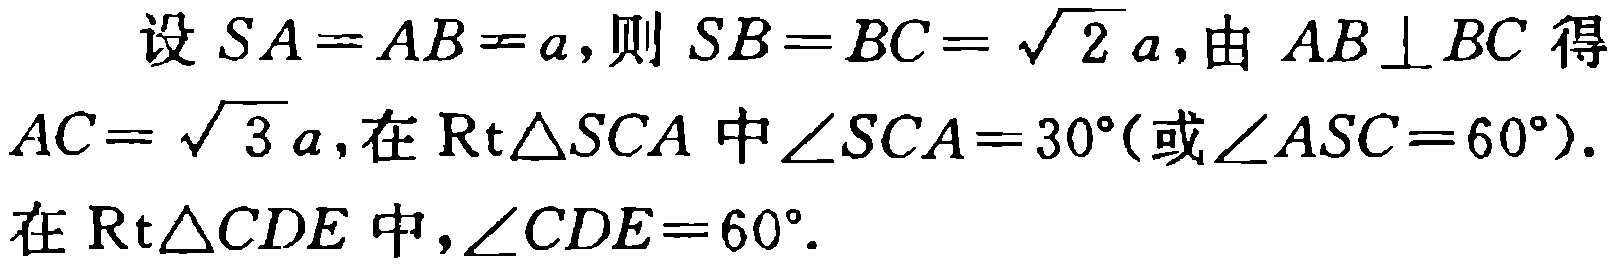
设 \(SA = AB = a\)，则 \(SB = BC = \sqrt{2}a\)，由 \(AB \perp BC\) 得 \(AC = \sqrt{3}a\)，在 \(\text{Rt}\triangle SCA\) 中 \(\angle SCA = 30^{\circ}(\text{或}\angle ASC = 60^{\circ})\). 在 \(\text{Rt}\triangle CDE\) 中，\(\angle CDE = 60^{\circ}\).